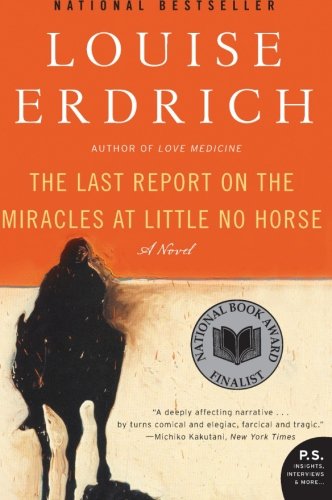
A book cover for The Last Report on the Miracles at Little No Horse: A Novel; Louise Erdrich; Literature & Fiction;